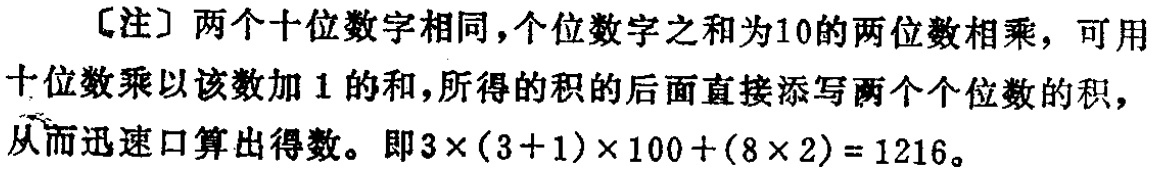
[注] 两个十位数字相同，个位数字之和为10的两位数相乘，可用十位数乘以该数加 1 的和，所得的积的后面直接添写两个个位数的积，从而迅速口算出得数。即\(3\times(3 + 1)\times100+(8\times2)=1216\)。